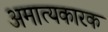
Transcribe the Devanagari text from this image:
अमात्यकारक